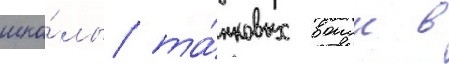
шко́лы та́нковых воиск в